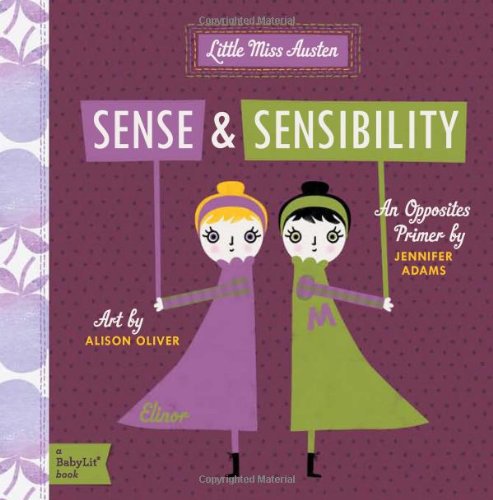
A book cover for Sense & Sensibility: A BabyLitÂ® Opposites Primer; Jennifer Adams; Children's Books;